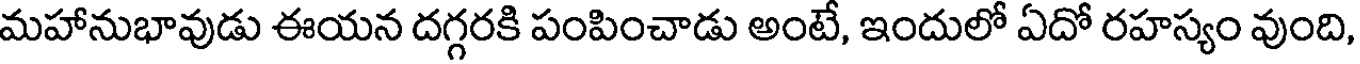
మహానుభావుడు ఈయన దగ్గరకి పంపించాడు అంటే, ఇందులో ఏదో రహస్యం వుంది,